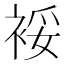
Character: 𰳿